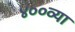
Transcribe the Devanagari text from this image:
४००व्या